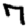
Digit: 7